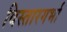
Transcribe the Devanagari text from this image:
विस्तारगर्भा